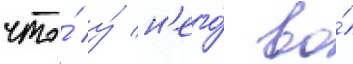
что́ у́ н'его́ во́